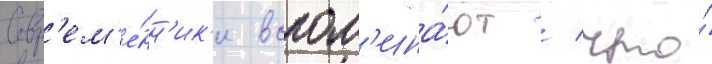
Совр'ем'е́нн'ик'и вспом'ина́ют / что́